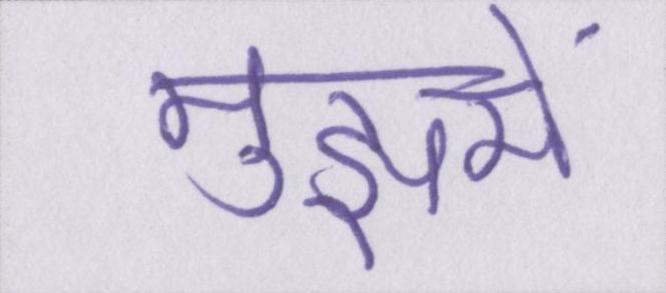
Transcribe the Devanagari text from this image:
मुझमें